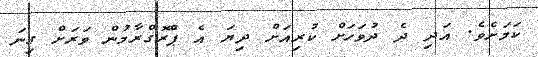
ކަމަށެވެ. އަދި ދެ ދުވަހަށް ކުރިއަށް ދިޔަ އެ ޕްރޮގްރާމުން ވަރަށް ގިނަ